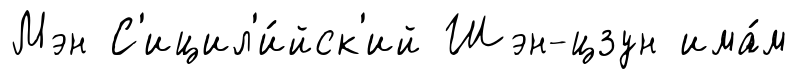
Мэн С'ицил'и́йск'ий Шэн-цзун има́м